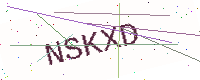
Text: NSKXD